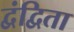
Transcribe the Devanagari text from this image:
द्वंद्विता